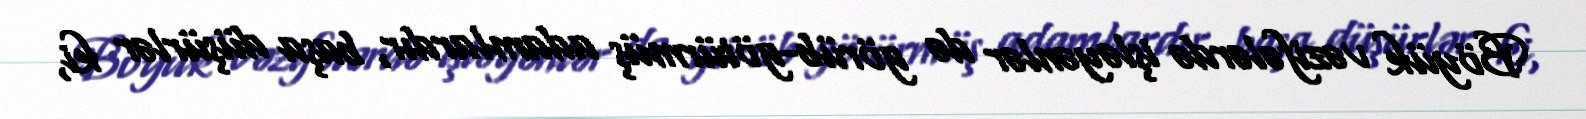
Böyük vəzifələrdə işləyənlər də görüb-götürmüş adamlardır, başa düşürlər ki,